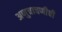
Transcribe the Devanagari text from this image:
अणुचाचणीची